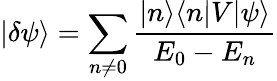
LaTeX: |\delta\psi\rangle=\sum_{n\ne 0}\frac{|n\rangle\langle n|V|\psi\rangle}{E_{0}-E_{n}}